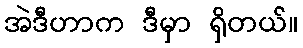
အဲဒီဟာက ဒီမှာ ရှိတယ်။